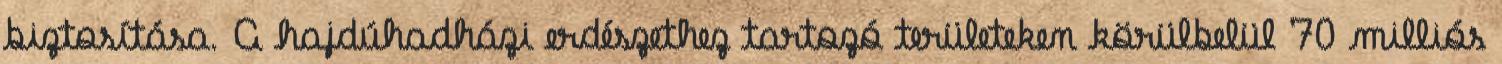
biztosítása. A hajdúhadházi erdészethez tartozó területeken körülbelül 70 milliós